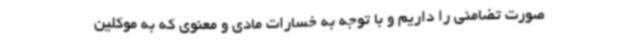
صورت تضامنی را داریم و با توجه به خسارات مادی و معنوی که به موکلین